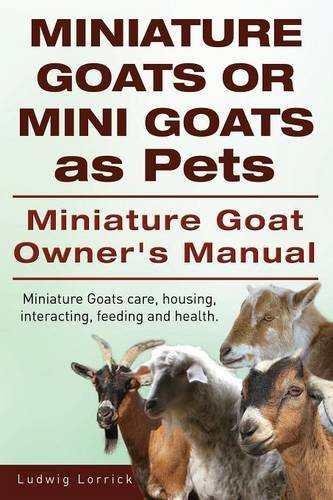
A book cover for Miniature Goats or Mini Goats as Pets. Miniature Goat Owners Manual. Miniature Goats care, housing, interacting, feeding and health.; Ludwig Lorrick; Crafts, Hobbies & Home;